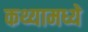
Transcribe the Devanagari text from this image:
कथ्यामध्ये